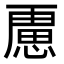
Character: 𭞐